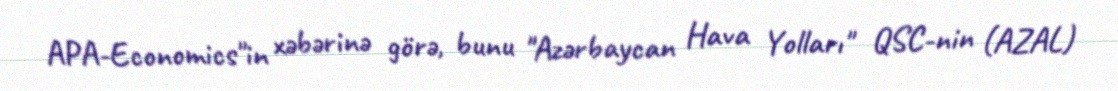
APA-Economics"in xəbərinə görə, bunu "Azərbaycan Hava Yolları" QSC-nin (AZAL)